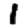
Digit: 1